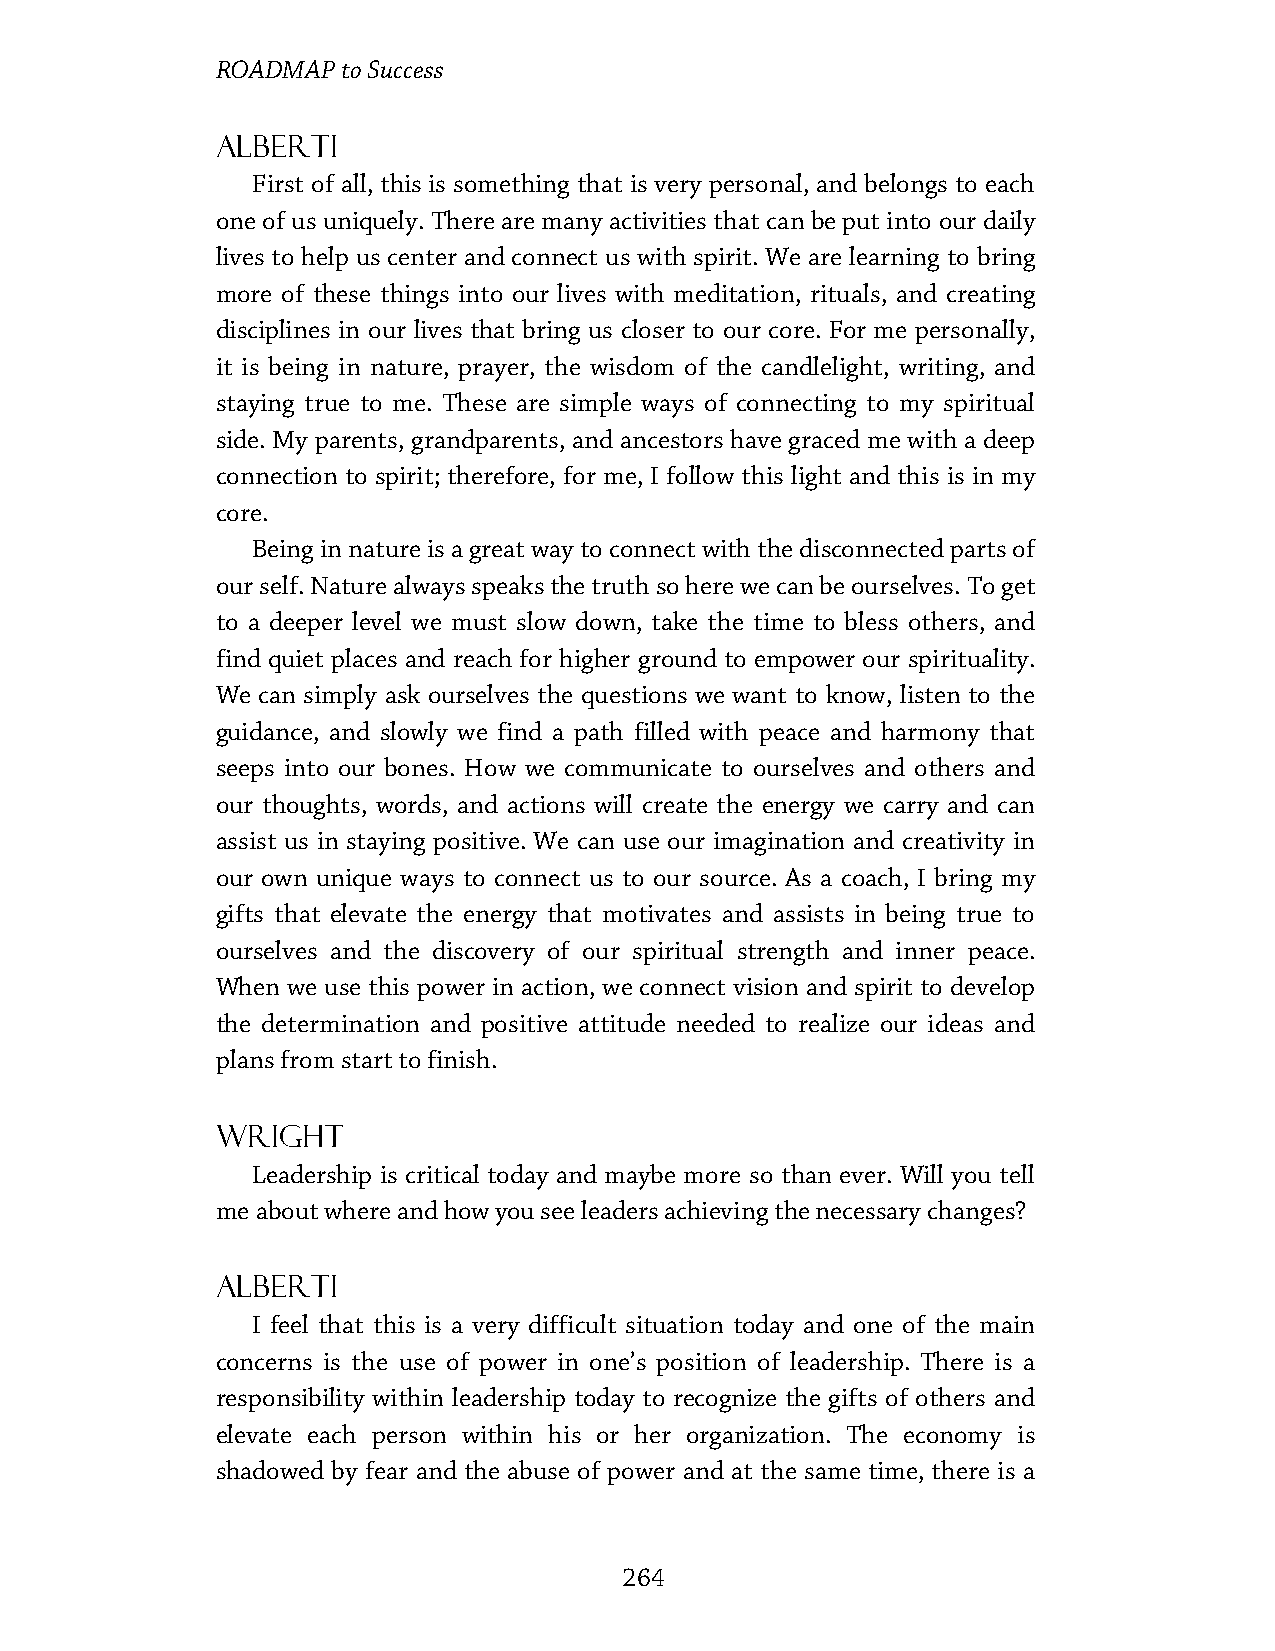
ROADMAP  to Success
 Alberti
 First of all, this is something that is very personal, and belongs to each
 one of us uniquely. There are many activities that can be put into our daily
 lives to help us center and connect us with spirit. We are learning to bring
 more of these things into our lives with meditation, rituals, and creating
 disciplines in our lives that bring us closer to our core. For me personally,
 it is being in nature, prayer, the wisdom of the candlelight, writing, and
 staying true to me. These are simple ways of connecting to my spiritual
 side. My parents, grandparents, and ancestors have graced me with a deep
 connection to spirit; therefore, for me, I follow this light and this is in my
 core.
 Being in nature is a great way to connect with the disconnected parts of
 our self. Nature always speaks the truth so here we can be ourselves. To get
 to a deeper level we must slow down, take the time to bless others, and
 find quiet places and reach for higher ground to empower our spirituality.
 We can simply ask ourselves the questions we want to know, listen to the
 guidance, and slowly we find a path filled with peace and harmony that
 seeps into our bones. How we communicate to ourselves and others and
 our thoughts, words, and actions will create the energy we carry and can
 assist us in staying positive. We can use our imagination and creativity in
 our own unique ways to connect us to our source. As a coach, I bring my
 gifts that elevate the energy that motivates and assists in being true to
 ourselves and the discovery of our spiritual strength and inner peace.
 When we use this power in action, we connect vision and spirit to develop
 the determination and positive attitude needed to realize our ideas and
 plans from start to finish.
 Wright
 Leadership is critical today and maybe more so than ever. Will you tell
 me about where and how you see leaders achieving the necessary changes?
 Alberti
 I feel that this is a very difficult situation today and one of the main
 concerns is the use of power in one’s position of leadership. There is a
 responsibility within leadership today to recognize the gifts of others and
 elevate each person within his or her organization. The economy is
 shadowed by fear and the abuse of power and at the same time, there is a
 264